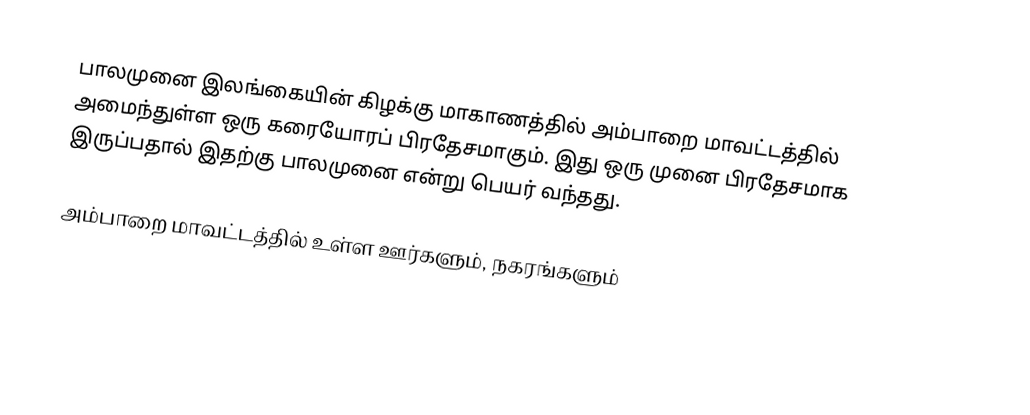
பாலமுனை இலங்கையின் கிழக்கு மாகாணத்தில் அம்பாறை மாவட்டத்தில் அமைந்துள்ள ஒரு கரையோரப் பிரதேசமாகும். இது ஒரு முனை பிரதேசமாக இருப்பதால் இதற்கு பாலமுனை என்று பெயர் வந்தது.

அம்பாறை மாவட்டத்தில் உள்ள ஊர்களும், நகரங்களும்